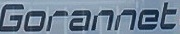
Gorannet